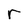
Character: r